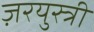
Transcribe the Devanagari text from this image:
ज़रयुस्त्री